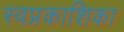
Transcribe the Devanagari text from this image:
स्वप्रकाशिका